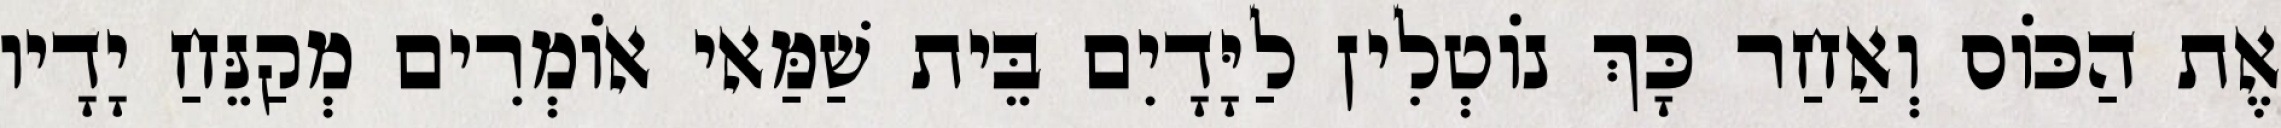
אֶת הַכּוֹס וְאַחַר כָּךְ נוֹטְלִין לַיָּדָיִם בֵּית שַׁמַּאי אוֹמְרִים מְקַנֵּחַ יָדָיו